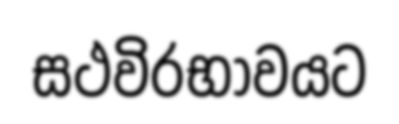
සථවිරභාවයට